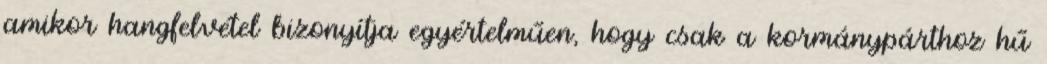
amikor hangfelvétel bizonyítja egyértelműen, hogy csak a kormánypárthoz hű